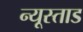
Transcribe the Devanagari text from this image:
न्यूस्ताड